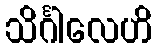
သိင်္ဂါလေဟိ